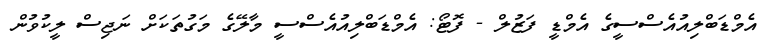
އެމްޑަބްލިއުއެސްސީގެ އެމްޑީ ފަޒުލް - ފޮޓޯ: އެމްޑަބްލިއުއެސްސީ މާލޭގެ މަގުތަކަށް ނަޖިސް ލީކުވުން